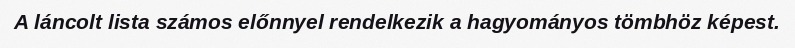
A láncolt lista számos előnnyel rendelkezik a hagyományos tömbhöz képest.